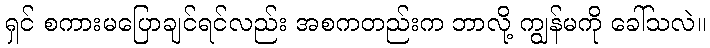
ရှင် စကားမပြောချင်ရင်လည်း အစကတည်းက ဘာလို့ ကျွန်မကို ခေါ်သလဲ။